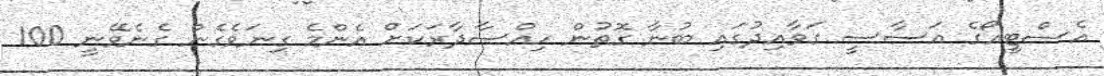
އެސްޓީއޯގެ އަސާސީ ގަވާއިދުގައި ބުނާ ގޮތުން ހިއްސާދާރަކަށް އެންމެ ގިނަވެގެން ގެނެވޭނީ 100